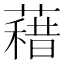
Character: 𮑭